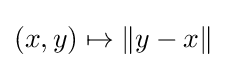
(x,y)\mapsto \|y-x\|